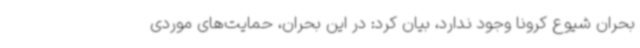
بحران شیوع کرونا وجود ندارد، بیان کرد: در این بحران، حمایت‌های موردی